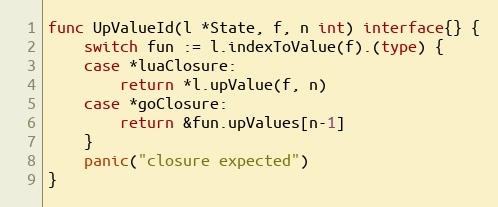
Language: Go
func UpValueId(l *State, f, n int) interface{} {
	switch fun := l.indexToValue(f).(type) {
	case *luaClosure:
		return *l.upValue(f, n)
	case *goClosure:
		return &fun.upValues[n-1]
	}
	panic("closure expected")
}